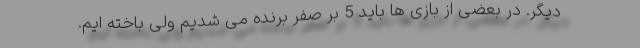
دیگر. در بعضی از بازی ها باید 5 بر صفر برنده می شدیم ولی باخته ایم.